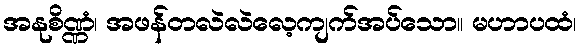
အနုစိဏ္ဏံ၊ အဖန်တလဲလဲလေ့ကျက်အပ်သော။ မဟာပထံ၊